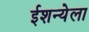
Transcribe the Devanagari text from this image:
ईशन्येला